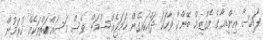
ފައިސާ އިންޑިއާގެ އެގްޒިމް ބޭންކާ ވާހަކަ ދައްކައިގެން ހަމަޖެއްސުމަށް ވެސް މަސައްކަތްތަކެއް ކުރަމުން